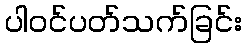
ပါဝင်ပတ်သက်ခြင်း